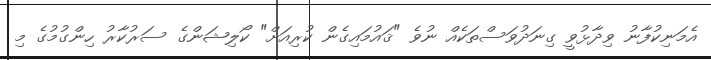
އެމަނިކުފާނު ވިދާޅުވީ ގިނަދުވަސްތަކެއް ނުވެ "ޤައުމައިގެން ކުރިއަށް" ކޯލިޝަންގެ ސަރުކާރު ހިންގުމުގެ މި